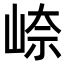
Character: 𪨼